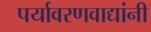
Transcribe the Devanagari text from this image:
पर्यावरणवाद्यांनी